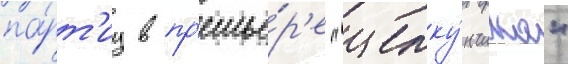
па́рт'иу в пр'емье́р'е "щелку́нчика"